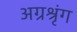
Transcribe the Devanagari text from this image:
अग्रश्रृंग